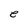
Character: e